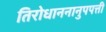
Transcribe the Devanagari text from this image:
तिरोधाननानुपपत्ती